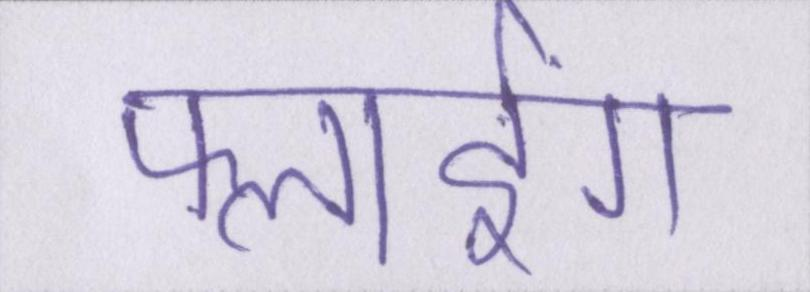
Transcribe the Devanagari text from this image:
फ्लाईंग